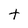
Character: t